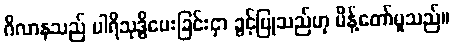
ဂိလာနသည် ပါရိသုဒ္ဓိပေးခြင်းငှာ ခွင့်ပြုသည်ဟု မိန့်တော်မူသည်။